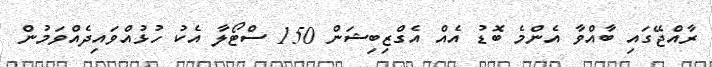
ރާއްޖޭގައި ބާއްވާ އެންމެ ބޮޑު އެއް އެގްޒިބިޝަން 150 ސްޓޯލާ އެކު ހުޅުއްވައިދެއްވަމުން